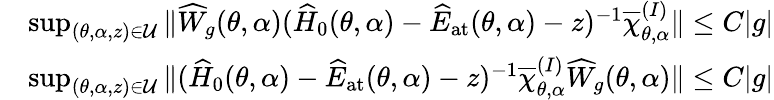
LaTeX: \begin{array}{rl}&{\operatorname*{sup}_{(\theta,\alpha,z)\in\mathcal{U}}\| \widehat{W}_{g}(\theta,\alpha)(\widehat{H}_{0}(\theta,\alpha)-\widehat{E}_{\mathrm{at}}(\theta,\alpha)-z)^{-1}\overline{{\chi}}_{\theta,\alpha}^{(I)}\| \leq C|g|}\\ &{\operatorname*{sup}_{(\theta,\alpha,z)\in\mathcal{U}}\| (\widehat{H}_{0}(\theta,\alpha)-\widehat{E}_{\mathrm{at}}(\theta,\alpha)-z)^{-1}\overline{{\chi}}_{\theta,\alpha}^{(I)}\widehat{W}_{g}(\theta,\alpha)\| \leq C|g|}\end{array}